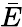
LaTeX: \bar{E}